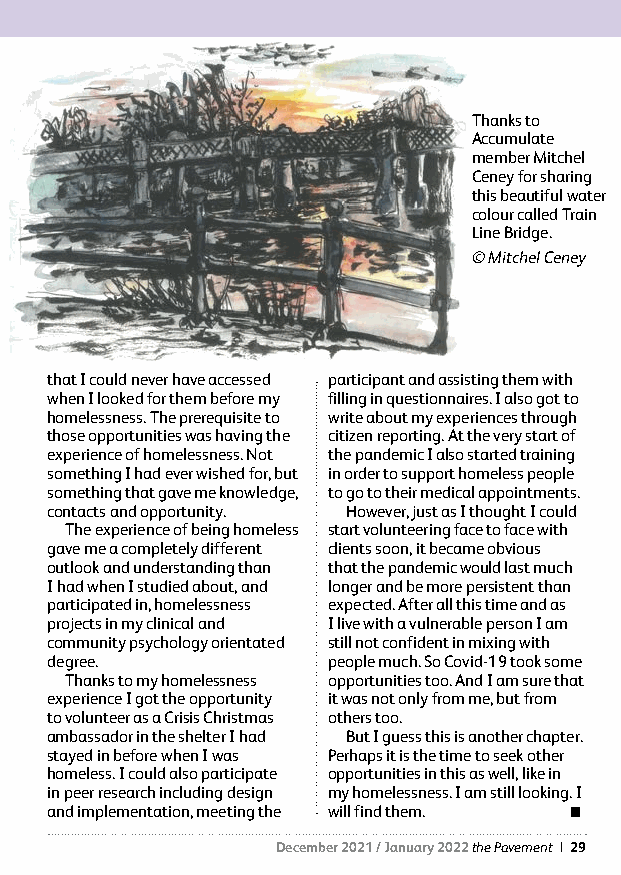
Thanks to
 Accumulate
 member Mitchel
 Ceney for sharing
 this beautiful water
 colour called Train
 Line Bridge.
 © Mitchel Ceney
 that I could never have accessed participant and assisting them with
 when I looked for them before my filling in questionnaires. I also got to
 homelessness. The prerequisite to write about my experiences through
 those opportunities was having the citizen reporting. At the very start of
 experience of homelessness. Not the pandemic I also started training
 something I had ever wished for, but in order to support homeless people
 something that gave me knowledge, to go to their medical appointments.
 contacts and opportunity. However, just as I thought I could
 The experience of being homeless start volunteering face to face with
 gave me a completely different clients soon, it became obvious
 outlook and understanding than that the pandemic would last much
 I had when I studied about, and longer and be more persistent than
 participated in, homelessness expected. After all this time and as
 projects in my clinical and I live with a vulnerable person I am
 community psychology orientated still not confident in mixing with
 degree.            people much. So Covid-19 took some
 Thanks to my homelessness opportunities too. And I am sure that
 experience I got the opportunity it was not only from me, but from
 to volunteer as a Crisis Christmas others too.
 ambassador in the shelter I had But I guess this is another chapter.
 stayed in before when I was Perhaps it is the time to seek other
 homeless. I could also participate opportunities in this as well, like in
 in peer research including design my homelessness. I am still looking. I
 and implementation, meeting the will find them. 
 December 2021 / January 2022 the Pavement | 29